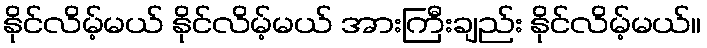
နိုင်လိမ့်မယ် နိုင်လိမ့်မယ် အားကြီးချည်း နိုင်လိမ့်မယ်။